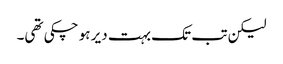
لیکن تب تک بہت دیر ہو چکی تھی۔